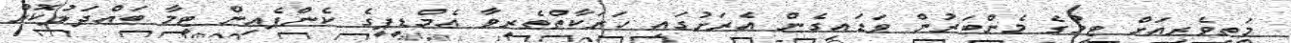
މަތިވެރިއަށް ޓިމުގެ މެންބަރުން ވަޑައިގެން އެރަށުގައި ހަރަކާތްތެރިވާ އެމްޑީޕީގެ ކެންޕެއިން ޓީމާ ބައްދަލުކޮށް